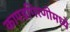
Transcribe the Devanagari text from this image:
कापडगिरणीमध्ये